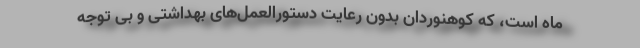
ماه است، که کوهنوردان بدون رعایت دستورالعمل‌های بهداشتی و بی توجه